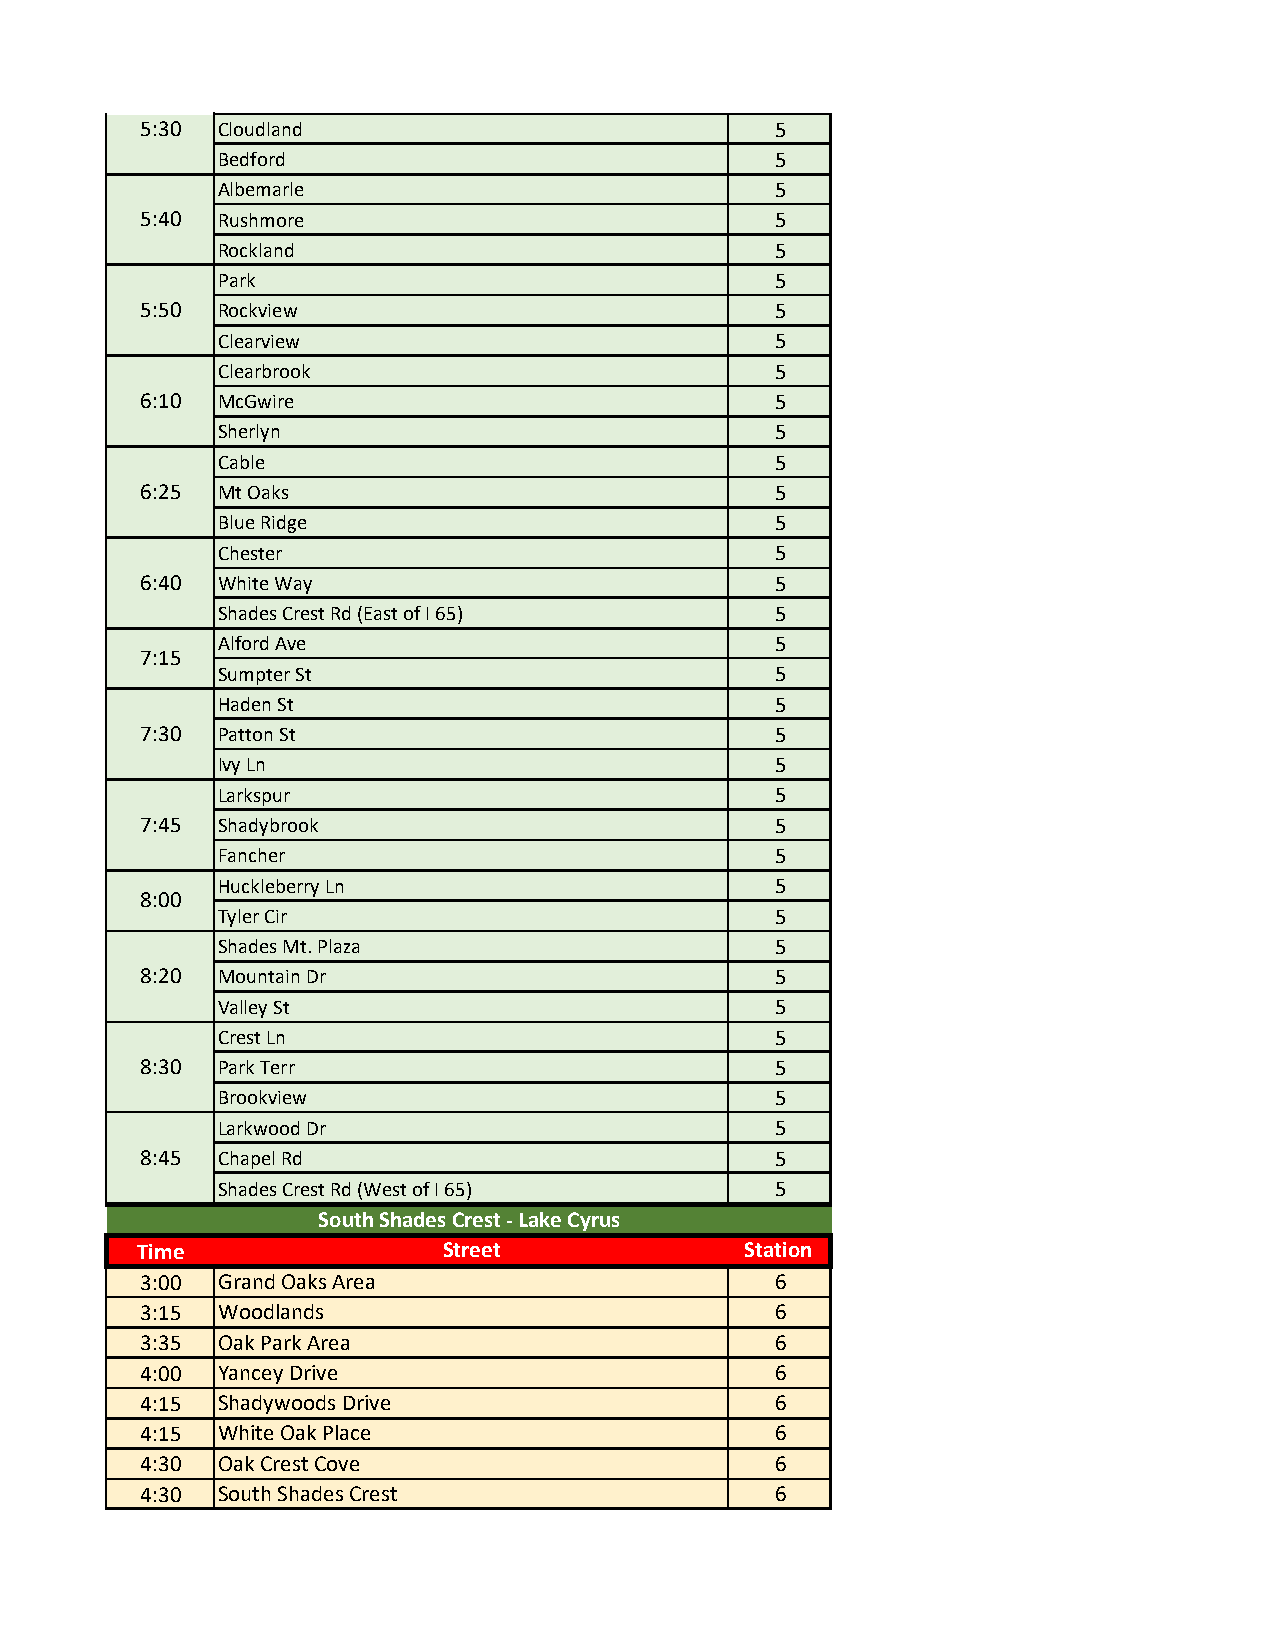
5:30 Cloudland                            5
 Bedford                              5
 Albemarle                            5
 5:40 Rushmore                             5
 Rockland                             5
 Park                                 5
 5:50 Rockview                             5
 Clearview                            5
 Clearbrook                           5
 6:10 McGwire                              5
 Sherlyn                              5
 Cable                                5
 6:25 Mt Oaks                              5
 Blue Ridge                           5
 Chester                              5
 6:40 White Way                            5
 Shades Crest Rd (East of I 65)       5
 Alford Ave                           5
 7:15
 Sumpter St                           5
 Haden St                             5
 7:30 Patton St                            5
 Ivy Ln                               5
 Larkspur                             5
 7:45 Shadybrook                           5
 Fancher                              5
 Huckleberry Ln                       5
 8:00
 Tyler Cir                            5
 Shades Mt. Plaza                     5
 8:20 Mountain Dr                          5
 Valley St                            5
 Crest Ln                             5
 8:30 Park Terr                            5
 Brookview                            5
 Larkwood Dr                          5
 8:45 Chapel Rd                            5
 Shades Crest Rd (West of I 65)       5
 South Shades Crest - Lake Cyrus
 Time                 Street              Station
 3:00 Grand Oaks Area                      6
 3:15 Woodlands                            6
 3:35 Oak Park Area                        6
 4:00 Yancey Drive                         6
 4:15 Shadywoods Drive                     6
 4:15 White Oak Place                      6
 4:30 Oak Crest Cove                       6
 4:30 South Shades Crest                   6